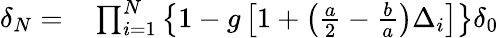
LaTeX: \begin{array}{rl}{\delta_{N}=}&{{}\prod_{i=1}^{N}\left\{ 1-g\left[1+\left(\frac{a}{2}-\frac{b}{a}\right)\Delta_{i}\right]\right\} \delta_{0}}\end{array}